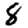
Digit: 8